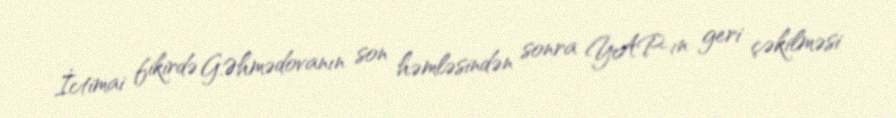
İctimai fikirdə G.Əhmədovanın son həmləsindən sonra YAP-ın geri çəkilməsi